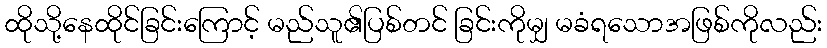
ထိုသို့နေထိုင်ခြင်းကြောင့် မည်သူ၏ပြစ်တင် ခြင်းကိုမျှ မခံရသောအဖြစ်ကိုလည်း